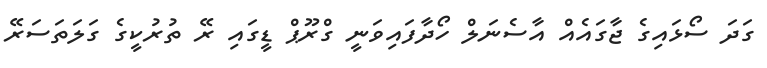
ގަދަ ސޯޅައިގެ ޖާގައެއް އާސެނަލް ހޯދާފައިވަނީ ގްރޫޕް ޑީގައި ރޭ ތުރުކީގެ ގަލަތަސަރޭ